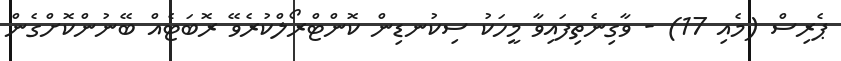
ޕެރިސް (މެއި 17) - ވާގިނެތިފައިވާ މީހަކު ސިކުނޑިން ކޮންޓްރޯލްކުރެވޭ ރޮބަޓެއް ބޭނުންކޮށްގެން